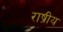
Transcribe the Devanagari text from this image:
राष्रीय